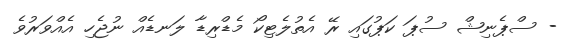
- ސްޕެނިޝް ސުޕަ ކަޕުގައި ރޭ އެތުލެޓިކޯ މެޑްރިޑާ ލަނޑެއް ނުޖެހި އެއްވަރުވެ